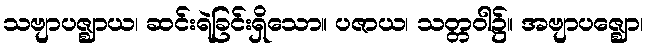
သဗျာပဇ္ဈာယ၊ ဆင်းရဲခြင်းရှိသော။ ပဇာယ၊ သတ္တဝါ၌။ အဗျာပဇ္ဈော၊